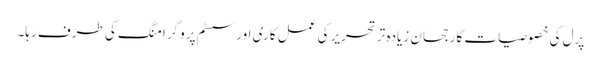
پرل کی خصوصیات کا رجحان زیادہ تر تحریر کی عمل کاری اور سسٹم پروگرامنگ کی طرف رہا۔